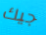
جيك